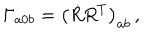
\Gamma _ { a 0 b } = \left( \dot { R } R ^ { T } \right) _ { a b } \, ,